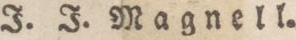
J. J. Magnell.